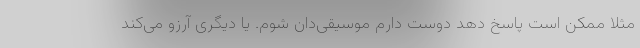
مثلا ممکن است پاسخ دهد دوست دارم موسیقی‌دان شوم. یا دیگری آرزو می‌کند